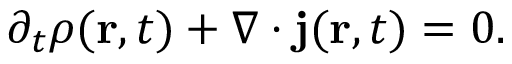
\begin{array} { r } { \partial _ { t } \rho ( \mathbf { r } , t ) + \nabla \cdot \mathbf { j } ( \mathbf { r } , t ) = 0 . } \end{array}